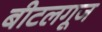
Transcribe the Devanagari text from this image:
बीटलगूज